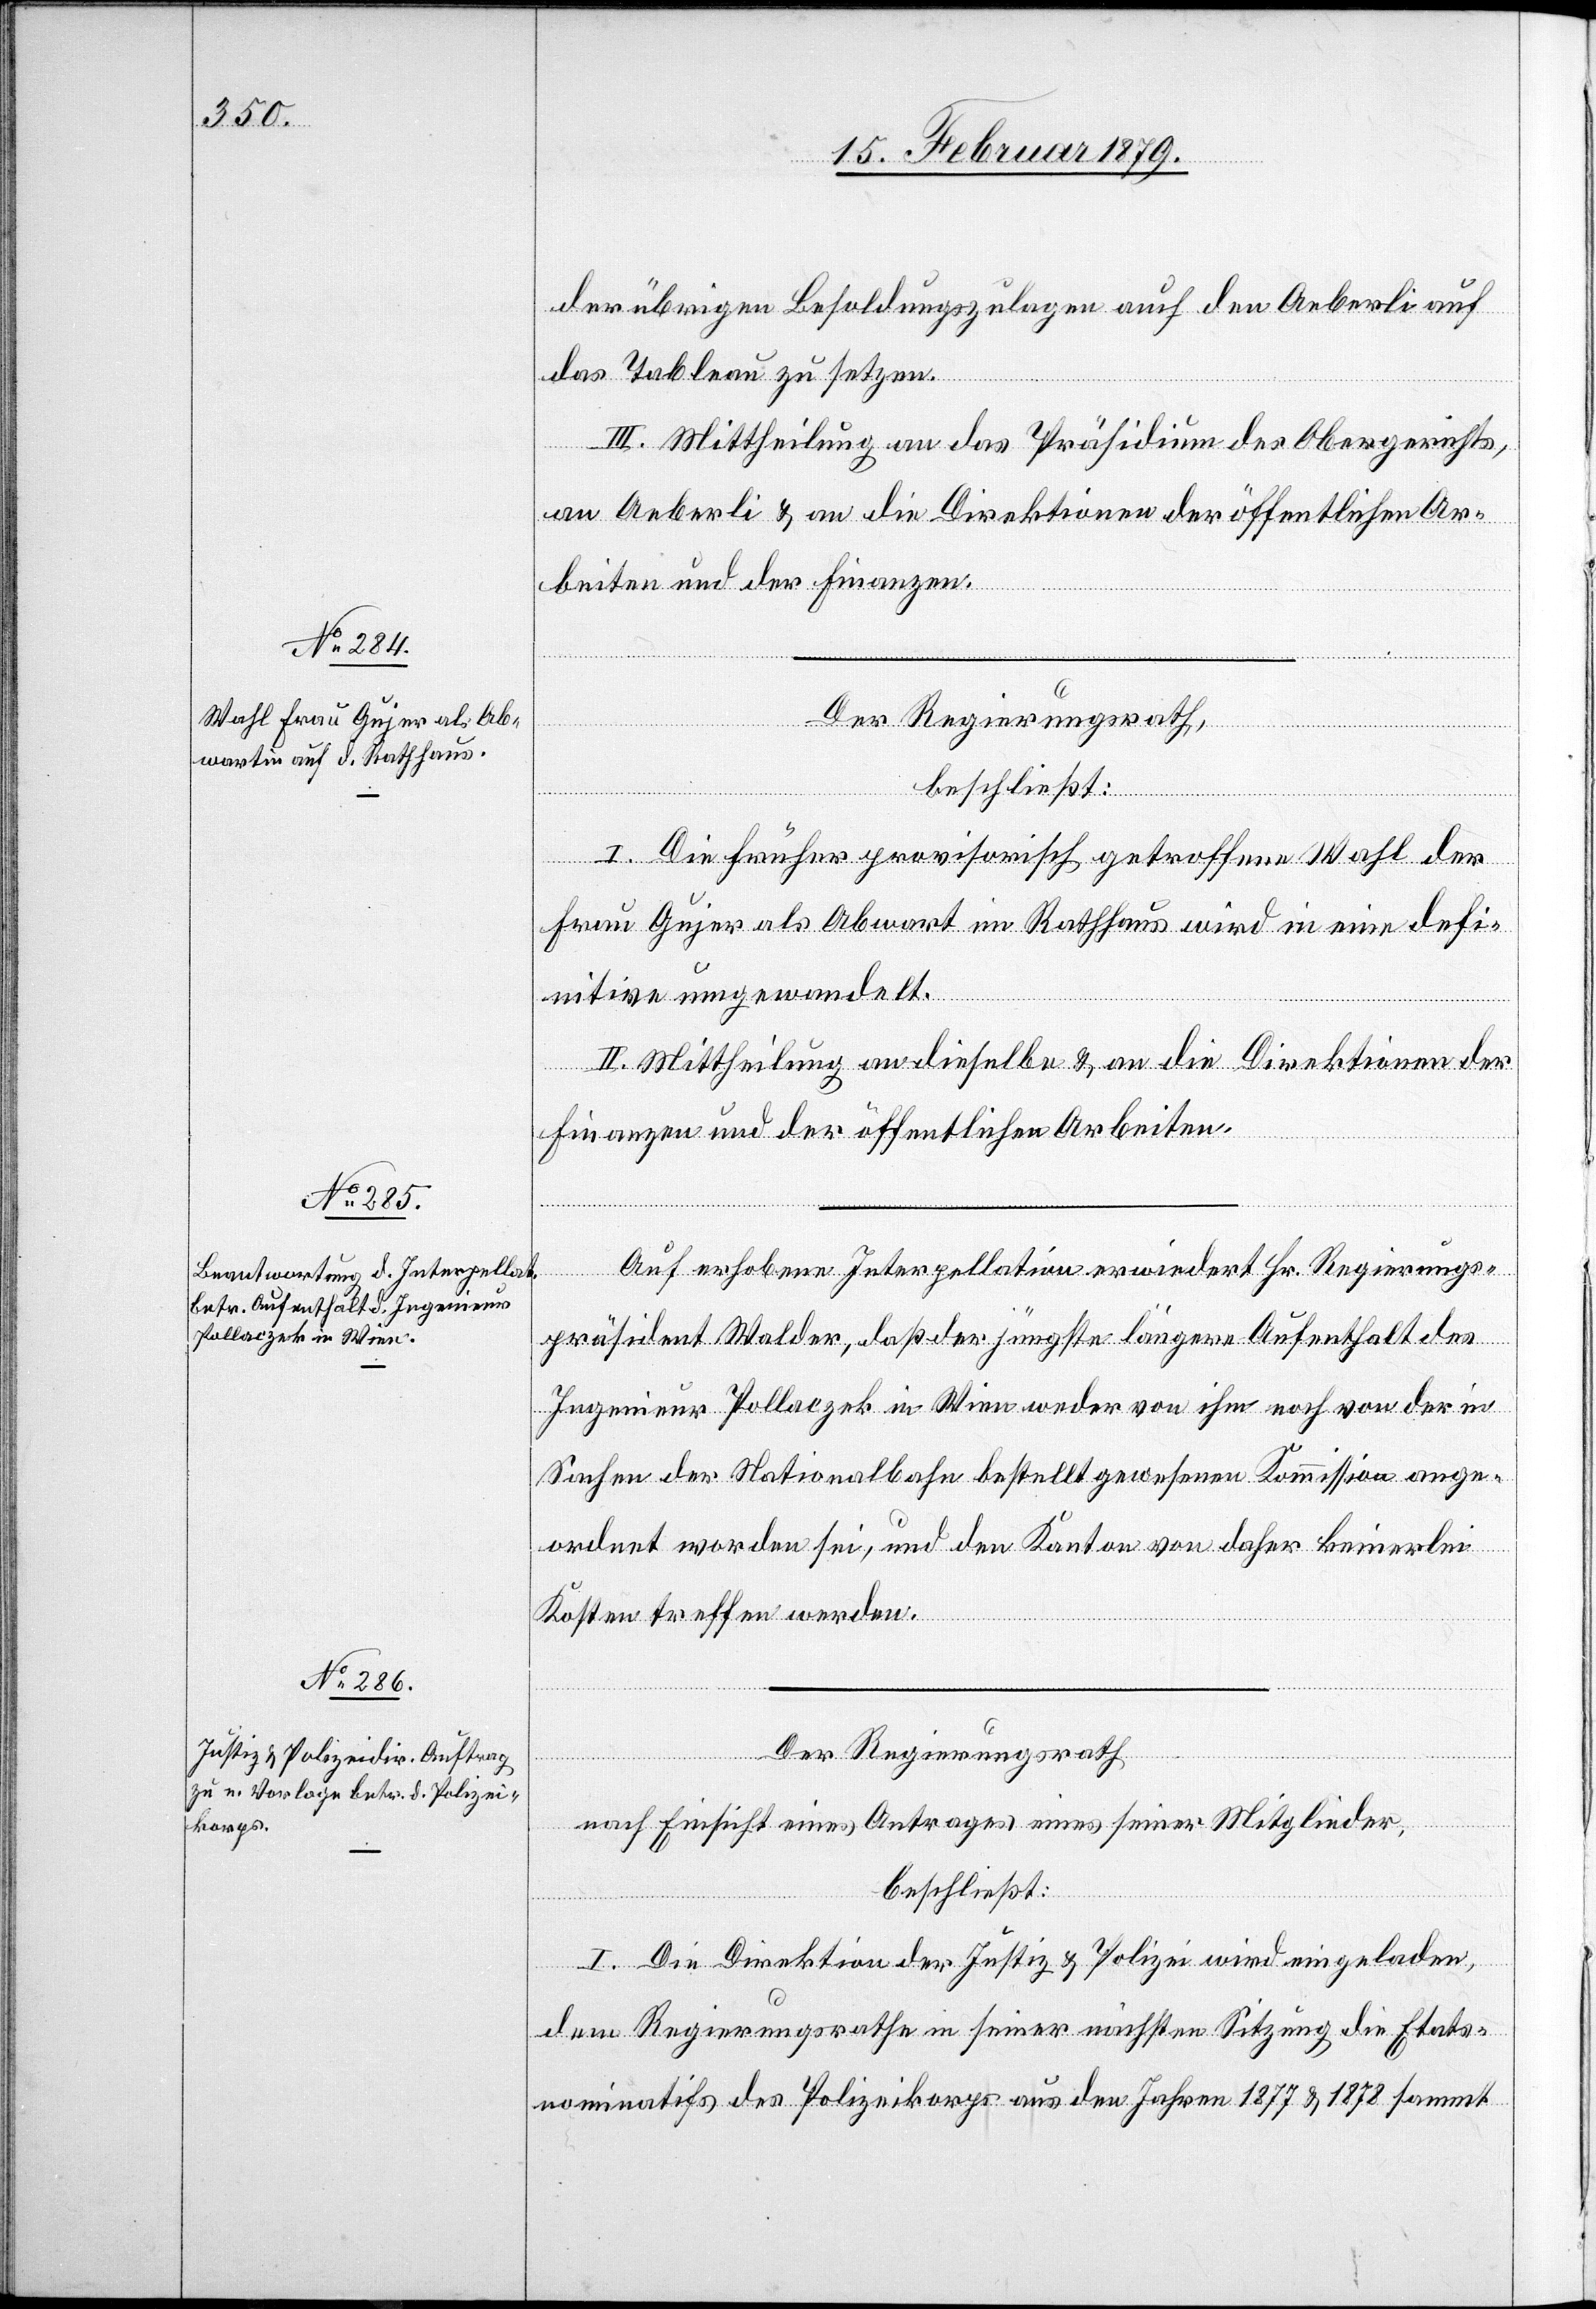
der übrigen Besoldungszulagen auch den Aeberli auf
das Tableau zu setzen.
III. Mittheilung an das Präsidium des Obergerichts,
an Aeberli & an die Direktionen der öffentlichen Ar¬
beiten und der Finanzen.
Der Regierungsrath,
beschließt:
I. Die früher provisorisch getroffene Wahl der
Frau Gujer als Abwart im Rathhaus wird in eine defi¬
nitive umgewandelt.
II. Mittheilung an dieselbe & an die Direktionen der
Finanzen und der öffentlichen Arbeiten.
Auf erhobene Interpellation erwiedert Hr. Regierungs¬
präsident Walder, daß der jüngste längere Aufenthalt des
Ingenieur Pollaczek in Wien weder von ihm noch von der in
Sachen der Nationalbahn bestellt gewesenen Kommission ange¬
ordnet worden sei, und den Kanton von daher keinerlei
Kosten treffen werden.
Der Regierungsrath,
nach Einsicht eines Antrages eines seiner Mitglieder,
beschließt:
I. Die Direktion der Justiz & Polizei wird eingeladen,
dem Regierungsrathe in seiner nächsten Sitzung die Etats¬
nominatifs des Polizeikorps aus den Jahren 1877 & 1878 sammt